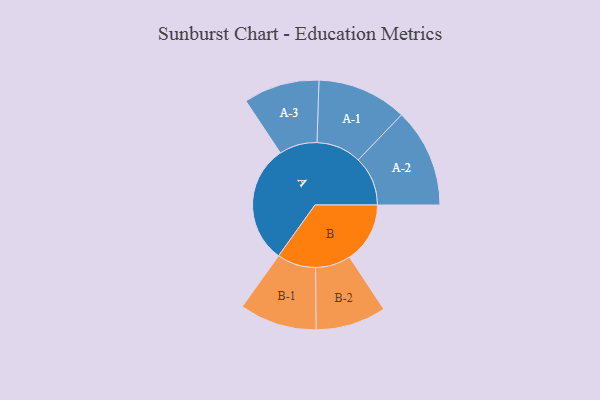
{"axis": {"x": "Segment", "y": "Value"}, "legend": ["", "A", "B"], "data": [{"x": "A", "y": 441, "type": ""}, {"x": "B", "y": 225, "type": ""}, {"x": "A-1", "y": 167, "type": "A"}, {"x": "A-2", "y": 184, "type": "A"}, {"x": "A-3", "y": 141, "type": "A"}, {"x": "B-1", "y": 144, "type": "B"}, {"x": "B-2", "y": 131, "type": "B"}]}